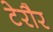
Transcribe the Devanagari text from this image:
टेरौर